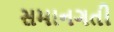
સમાનગતી